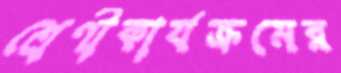
শ্রেণীকার্যক্রমের